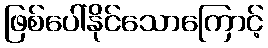
ဖြစ်ပေါ်နိုင်သောကြောင့်